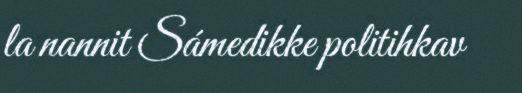
la nannit Sámedikke politihkav